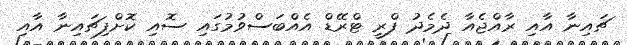
ޗައިނާ އާއި ރާއްޖެއާ ދެމެދު ފްރީ ޓްރޭޑް އެއްބަސްވުމުގައި ސޮއި ކޮށްފިޗައިނާ އާއި